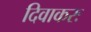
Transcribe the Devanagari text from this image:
दिवाकरः